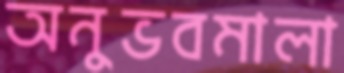
অনুভবমালা